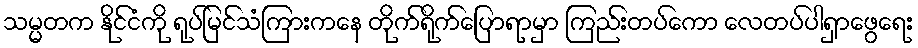
သမ္မတက နိုင်ငံကို ရုပ်မြင်သံကြားကနေ တိုက်ရိုက်ပြောရာမှာ ကြည်းတပ်ကော လေတပ်ပါရှာဖွေရေး